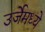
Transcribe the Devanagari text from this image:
उर्जेमध्ये